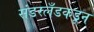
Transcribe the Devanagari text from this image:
संडरलँडकडून